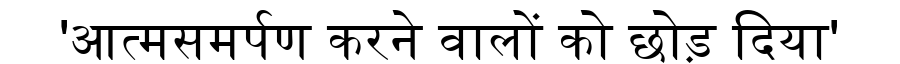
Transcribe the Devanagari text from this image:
'आत्मसमर्पण करने वालों को छोड़ दिया'